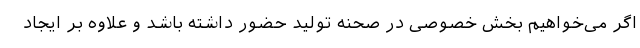
اگر می‌خواهیم بخش خصوصی در صحنه تولید حضور داشته باشد و علاوه بر ایجاد